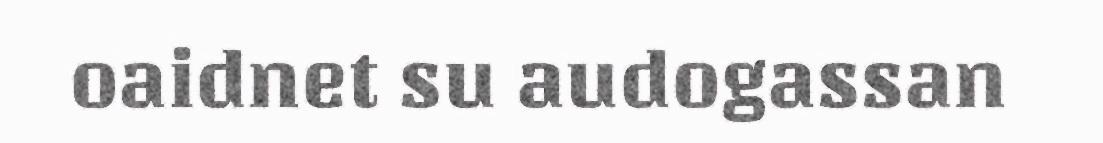
oaidnet su audogassan